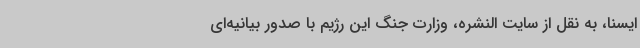
ایسنا، به نقل از سایت النشره، وزارت جنگ این رژیم با صدور بیانیه‌ای